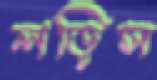
লড়িস